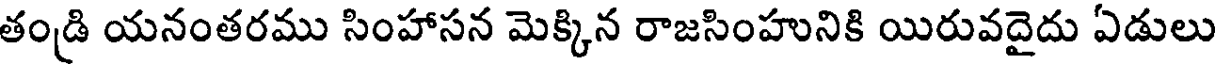
తండ్రి యనంతరము సింహాసన మెక్కిన రాజసింహునికి యిరువదైదు ఏడులు